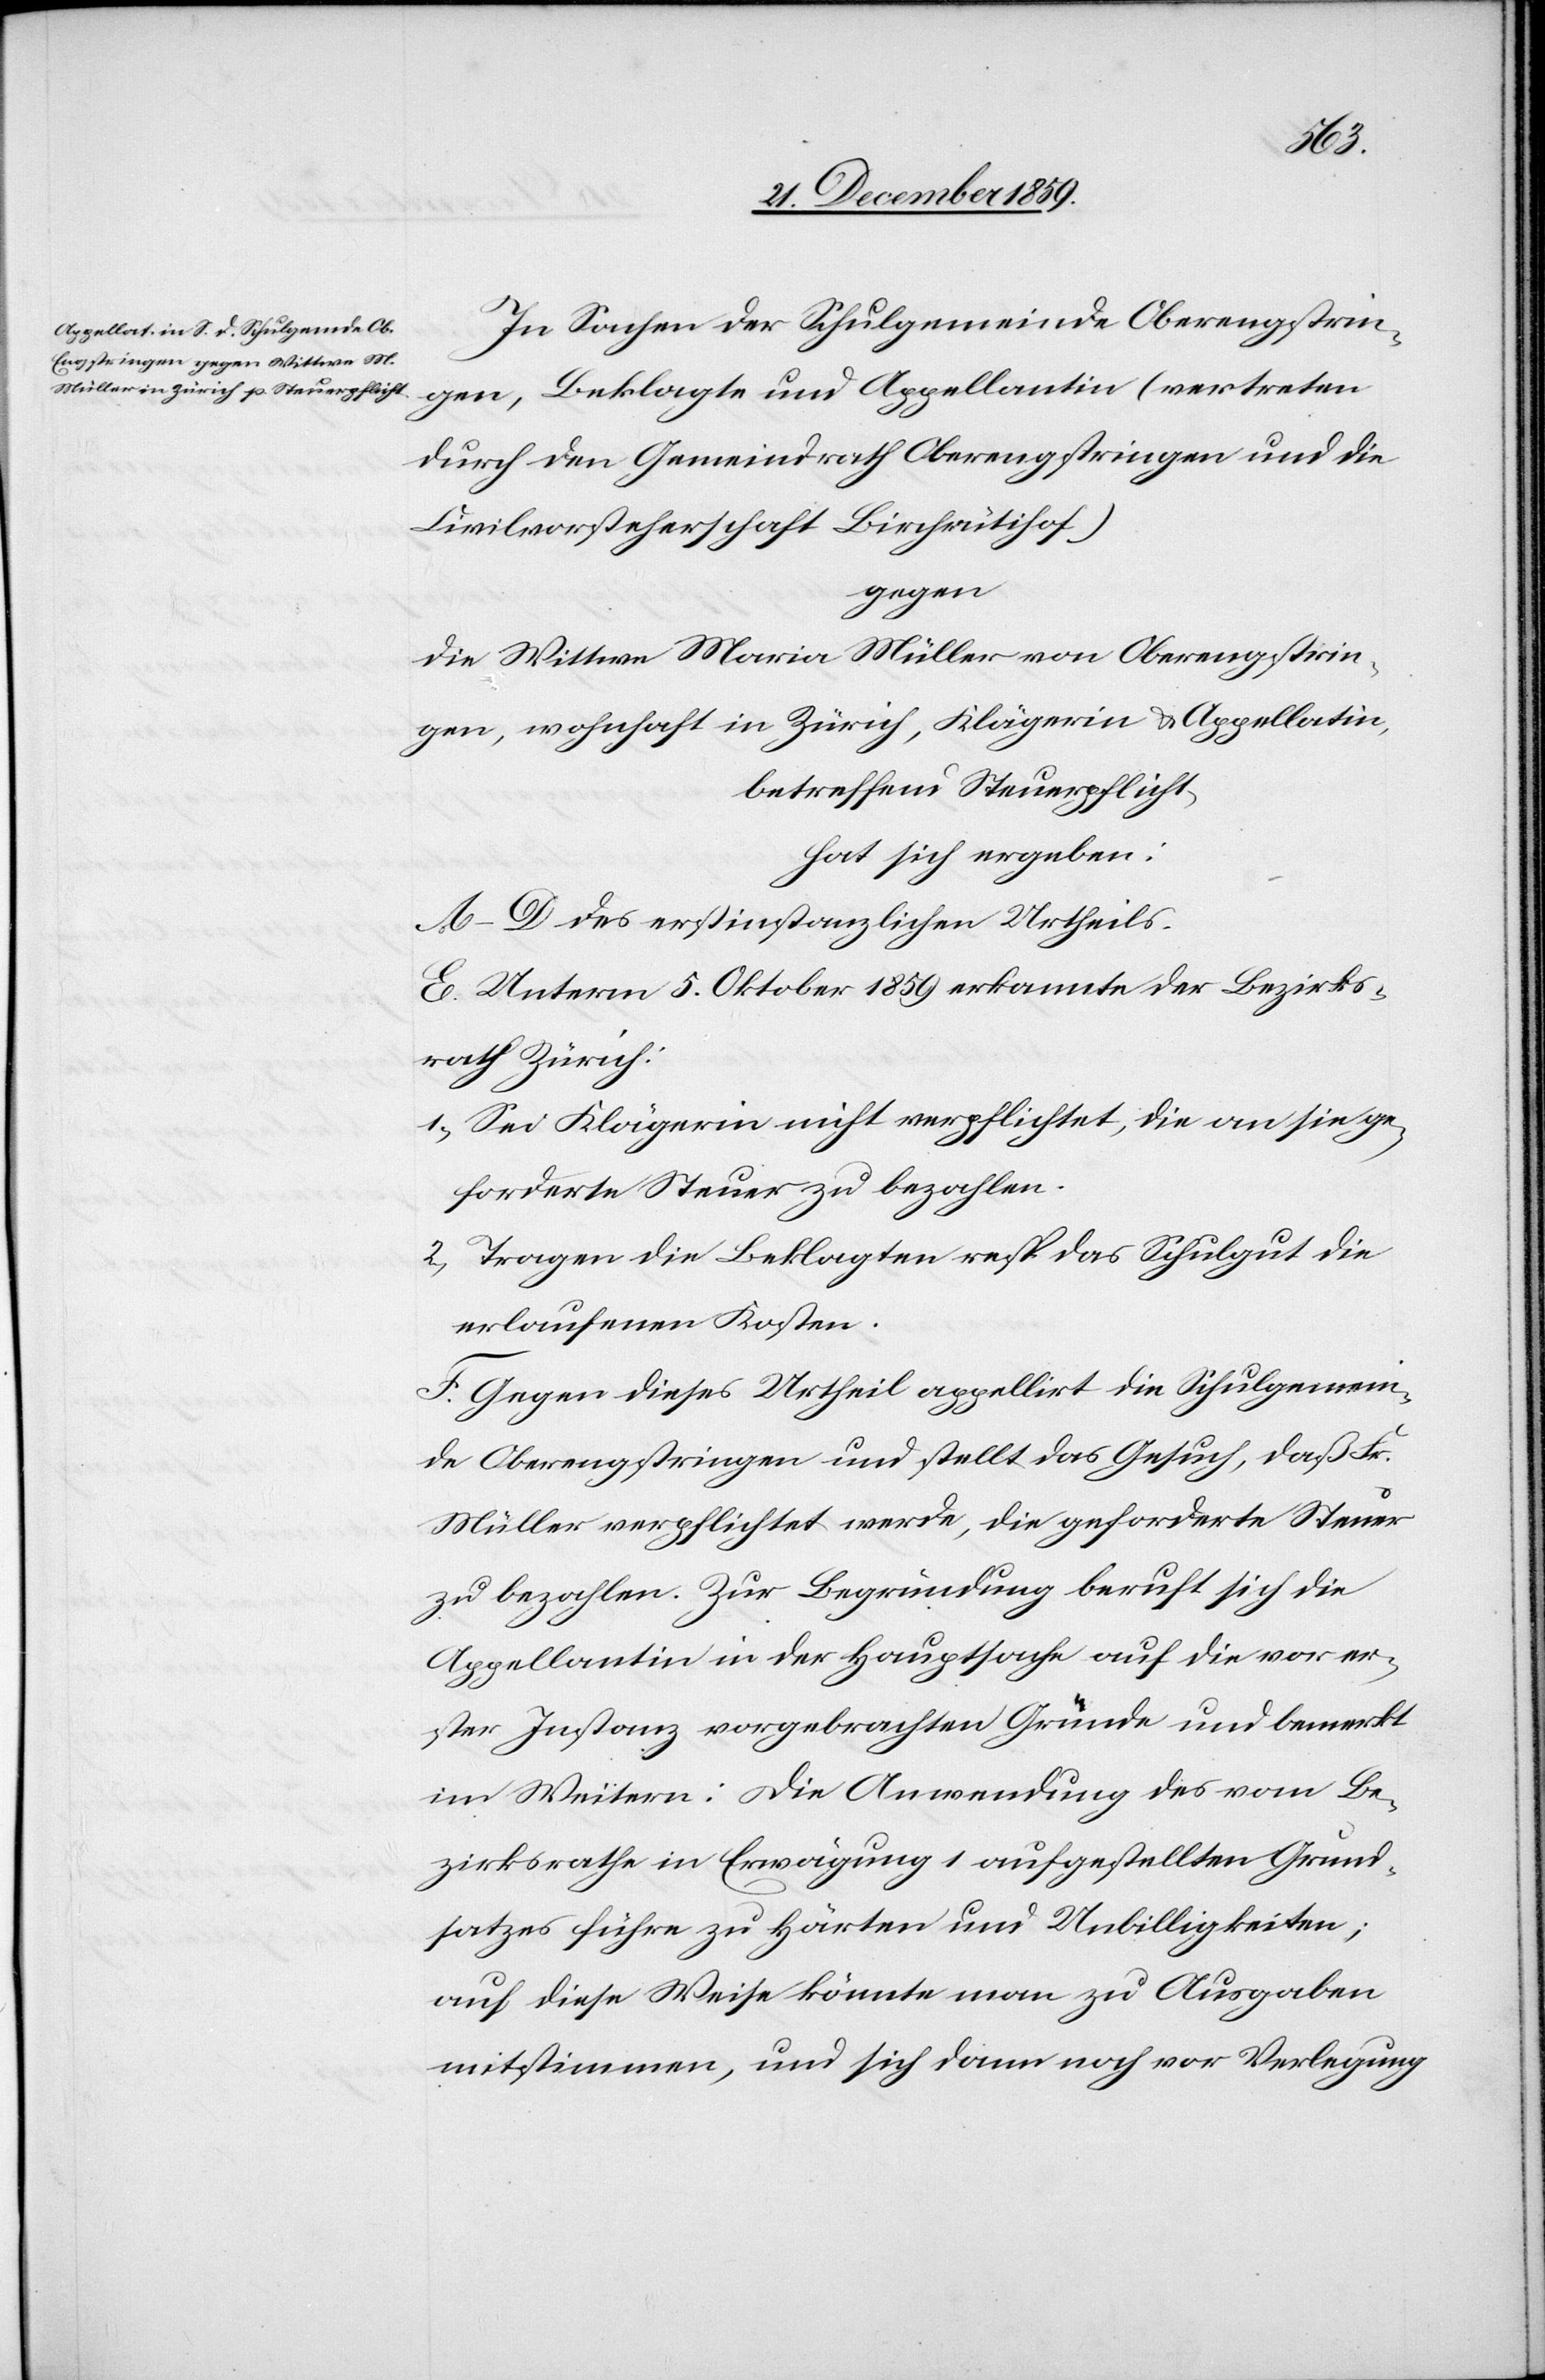
In Sachen der Schulgemeinde Oberengstrin¬
gen, Beklagte und Appellantin (vertreten
durch den Gemeindrath Oberengstringen und die
Civilvorsteherschaft Birchrütihof)
gegen
die Wittwe Maria Müller von Oberengstrin¬
gen, wohnhaft in Zürich, Klägerin und Appellatin,
betreffend Steuerpflicht,
hat sich ergeben:
A–D des erstinstanzlichen Urtheils.
E. Unterm 5. Oktober 1859 erkannte der Bezirks¬
rath Zürich:
1) Sei Klägerin nicht verpflichtet, die an sie ge¬
forderte Steuer zu bezahlen.
2) Tragen die Beklagten resp. das Schulgut die
erlaufenen Kosten.
F. Gegen dieses Urtheil appellirt die Schulgemein¬
de Oberengstringen und stellt das Gesuch, daß Fr.
Müller verpflichtet werde, die geforderte Steuer
zu bezahlen. Zur Begründung beruft sich die
Appellantin in der Hauptsache auf die vor er¬
ster Instanz vorgebrachten Gründe und bemerkt
im Weitern: Die Anwendung des vom Be¬
zirksrathe in Erwägung 1 aufgestellten Grund¬
satzes führe zu Härten und Unbilligkeiten;
auf diese Weise könnte man zu Ausgaben
mitstimmen, und sich dann noch vor Verlegung